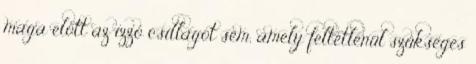
maga előtt az izzó csillagot sem, amely feltétlenül szükséges